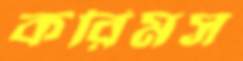
করিমস